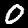
Digit: 0